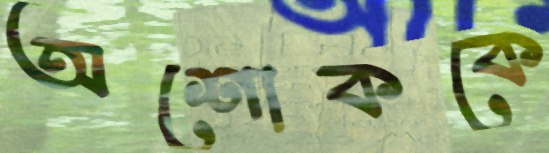
অশোককে